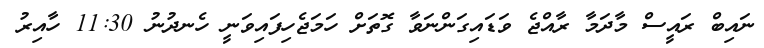
ނައިބް ރައީސް މާދަމާ ރާއްޖެ ވަޑައިގަންނަވާ ގޮތަށް ހަމަޖެހިފައިވަނީ ހެނދުނު 11:30 ހާއިރު